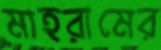
মাহরামের